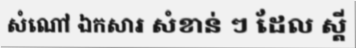
សំណៅ ឯកសារ សំខាន់ ៗ ដែល ស្តី